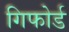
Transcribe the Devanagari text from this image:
गिफोर्ड